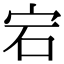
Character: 宕